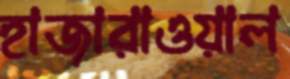
হাজারাওয়াল